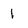
Character: 1